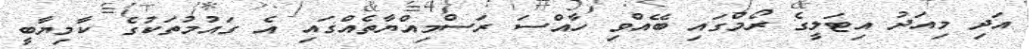
އަދި މިއަދު އިޓަލީގެ ރޯމްގައި ބޭއްވި ހާއްސަ ރަސްމިއްޔާތެއްގައި އެ ގައުމުތަކުގެ ކާމިޔާބީ